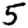
Digit: 5